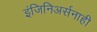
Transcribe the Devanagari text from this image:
इंजिनिअर्सनाही